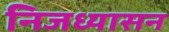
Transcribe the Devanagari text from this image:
निजध्यासन